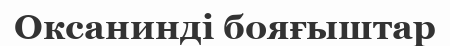
Оксанинді бояғыштар